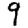
Digit: 9